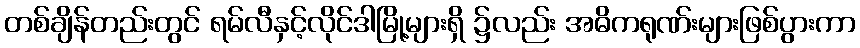
တစ်ချိန်တည်းတွင် ရမ်လီနှင့်လိုင်ဒါမြို့များရှိ ၌လည်း အဓိကရုဏ်းများဖြစ်ပွားကာ